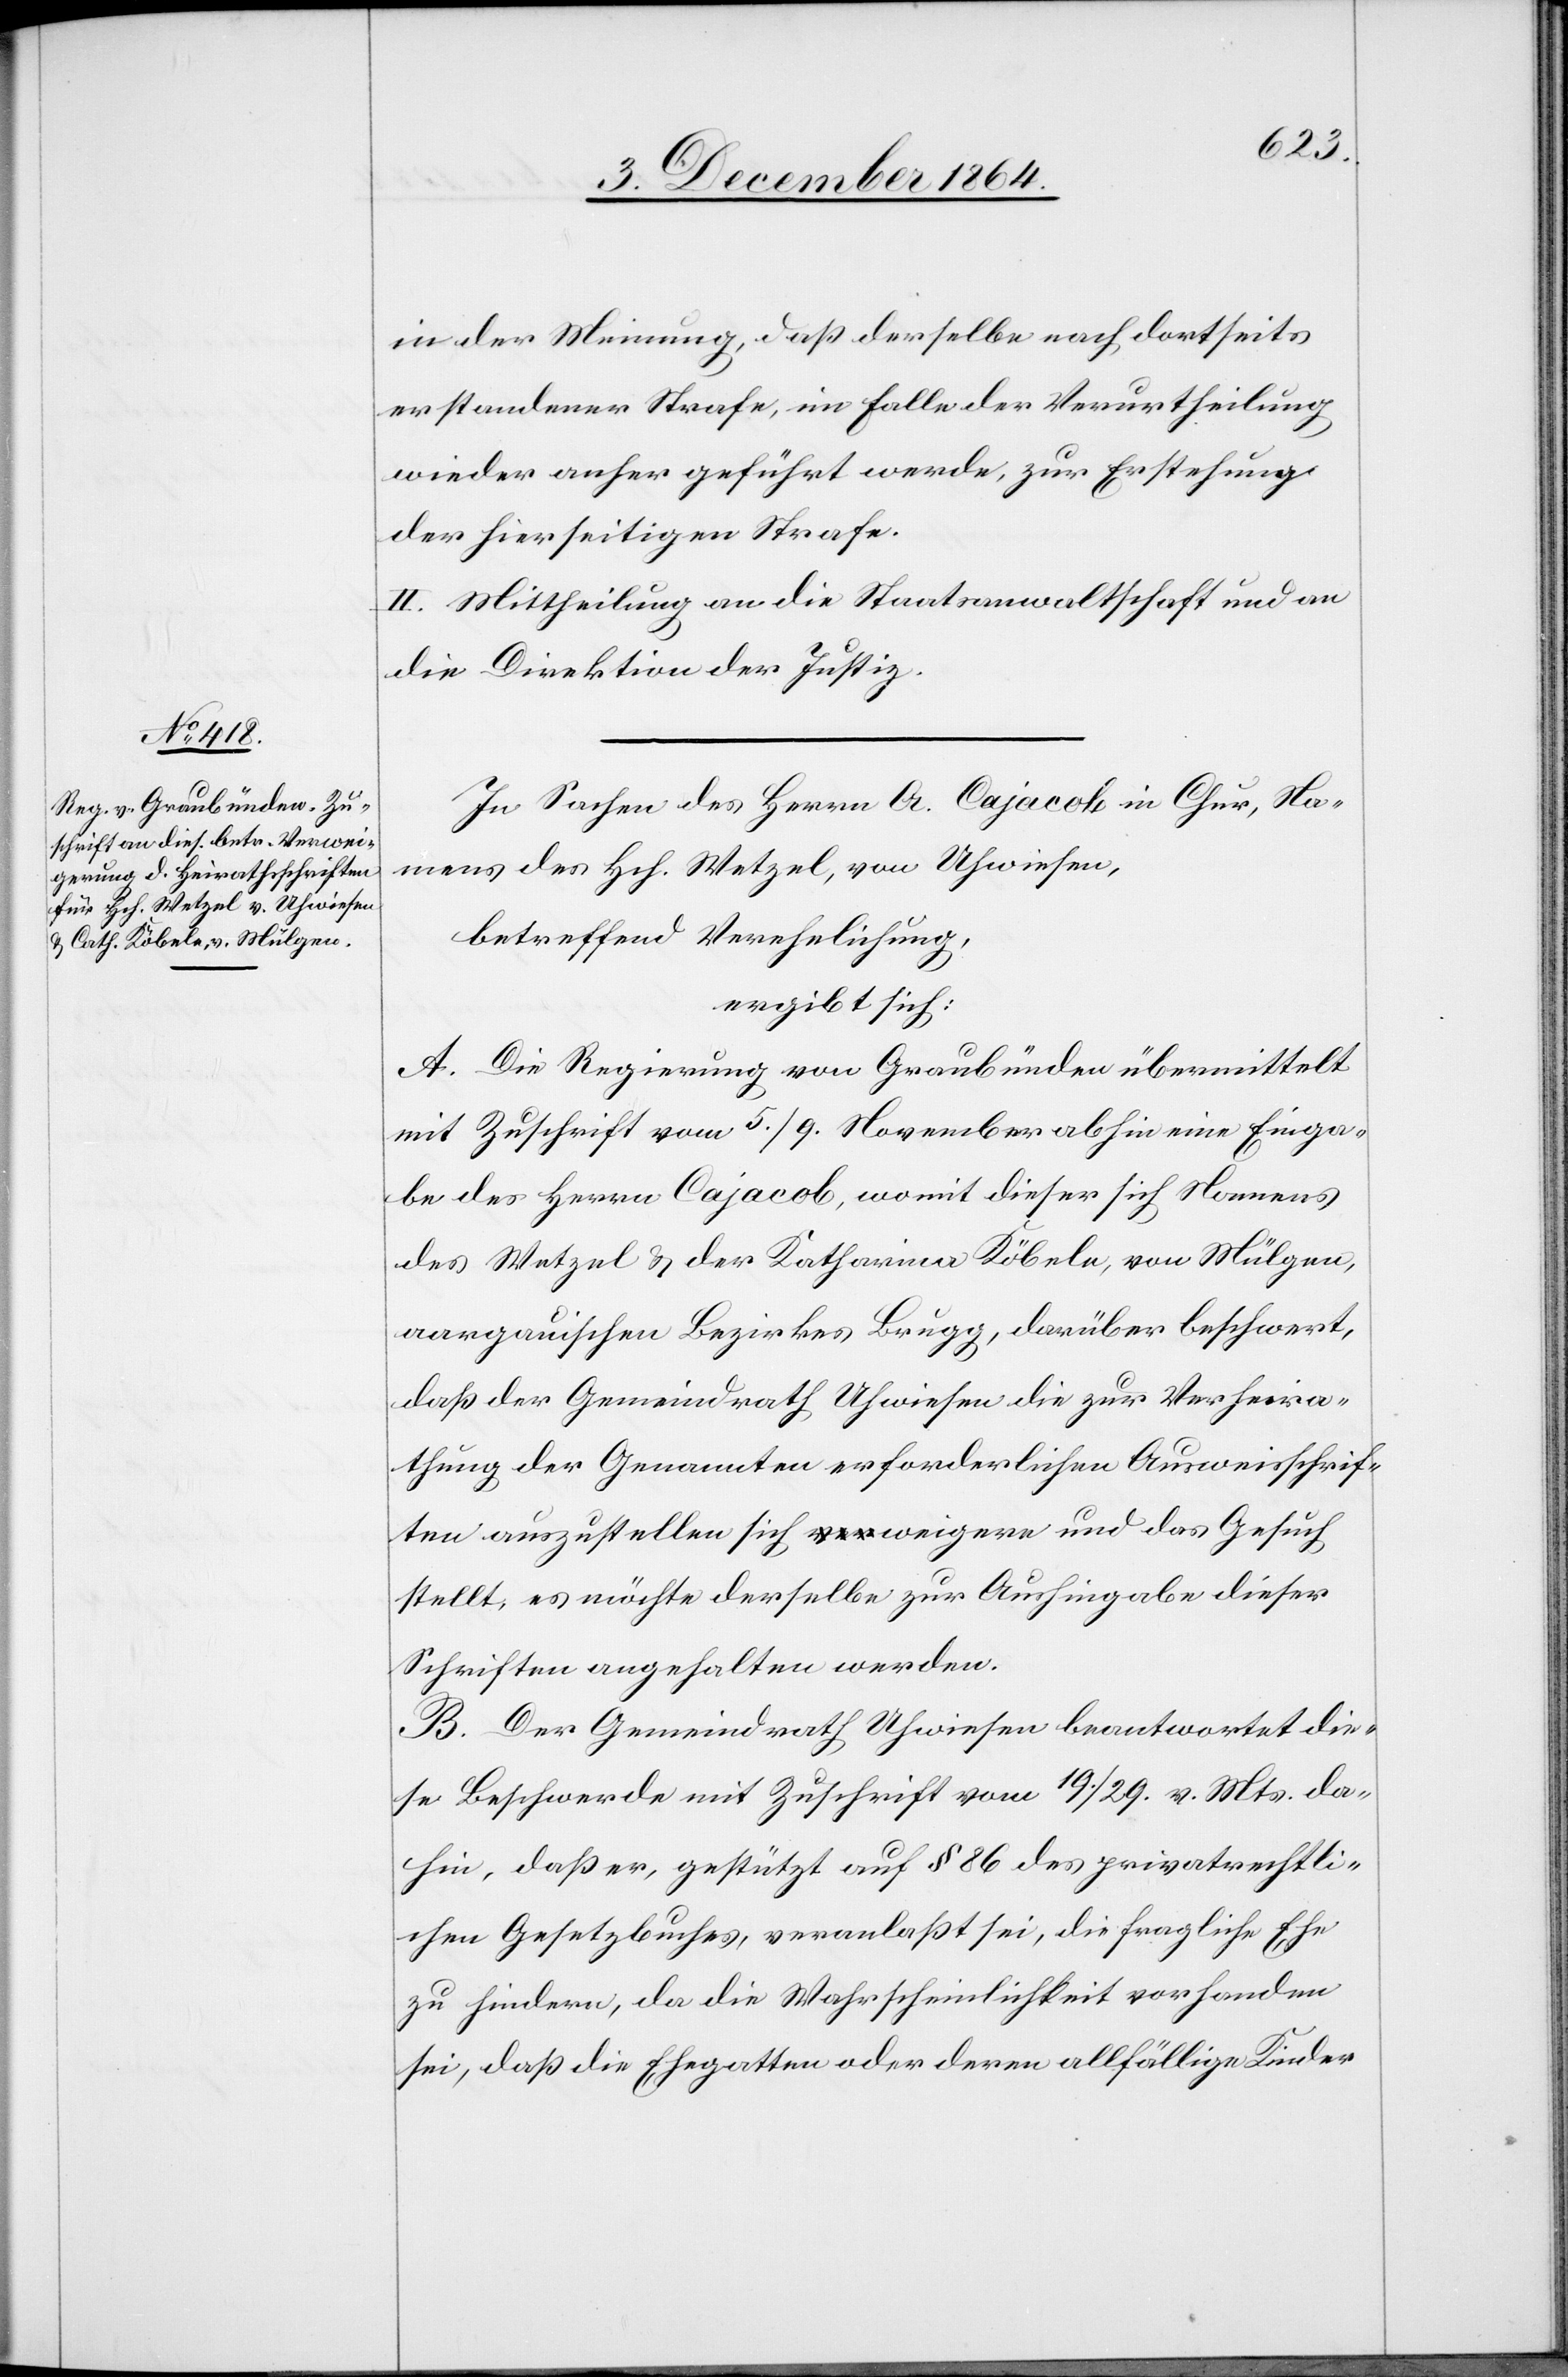
in der Meinung, daß derselbe nach dortseits
erstandener Strafe, im Falle der Verurtheilung
wieder anher geführt werde, zur Erstehung
der hierseitigen Strafe.
II. Mittheilung an die Staatsanwaltschaft und an
die Direktion der Justiz.
In Sachen des Herrn A. Cajacob in Chur, Na¬
mens des Hch. Wetzel, von Uhwiesen,
betreffend Verehelichung,
ergibt sich:
A. Die Regierung von Graubünden übermittelt
mit Zuschrift vom 5./9. November abhin eine Einga¬
be des Herrn Cajacob, womit dieser sich Namens
des Wetzel & der Katharina Köbele, von Mülgen
aargauischen Bezirkes Brugg, darüber beschwert,
daß der Gemeindrath Uhwiesen die zur Verheira¬
thung der Genannten erforderlichen Ausweisschrif¬
ten auszustellen sich weigere und das Gesuch
stellt, es möchte derselbe zur Aushingabe dieser
Schriften angehalten werden.
B. Der Gemeindrath Uhwiesen beantwortet die¬
se Beschwerde mit Zuschrift vom 19./29. v. Mts. da¬
hin, daß er, gestützt auf § 86 des privatrechtli¬
chen Gesetzbuches, veranlaßt sei, die fragliche Ehe
zu hindern, da die Wahrscheinlichkeit vorhanden
sei, daß die Ehegatten oder deren allfällige Kinder